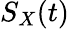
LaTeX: S_{X}(t)